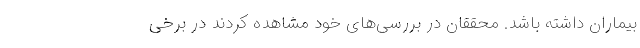
بیماران داشته باشد. محققان در بررسی‌های خود مشاهده کردند در برخی